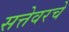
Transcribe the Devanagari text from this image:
सत्तेवरचे